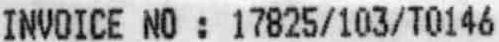
INVOICE NO : 17825/103/T0146